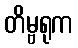
တိမ္ဗရုက